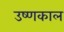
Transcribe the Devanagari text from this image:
उष्णकाल